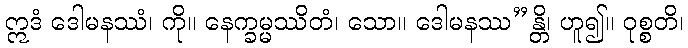
ဣဒံ ဒေါမနဿံ၊ ကို။ နေက္ခမ္မဿိတံ၊ သော။ ဒေါမနဿ”န္တိ၊ ဟူ၍။ ဝုစ္စတိ၊